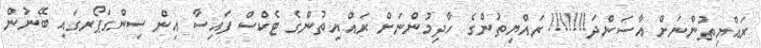
ރައްޔިތުންނަށް އާސަންދަ!!!!!!! ރައްޔިތުންގެ ހާދިމުންނަށް ރައްޔިތުންގެ ޓެކްސް ފައިސާ އިން ސިންގަޕޯރގައި ބޭނުން